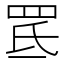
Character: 䍕